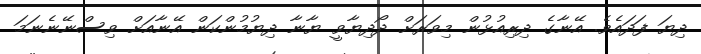
ދިޔަ ފަދައެވެ. އޭނާގެ ދިރިއުޅުން މިވަރަށް ދޯދިޔާވީ ޔާނާ ދިޔުމުންކަން އޭނާއަށް ވިސްނޭނެނަމަ